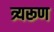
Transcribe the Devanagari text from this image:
त्र्यरूण